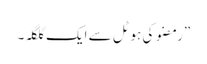
”رمضو کی ہوٹل سے ایک گلگلہ۔